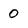
Character: 0